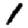
Digit: 1